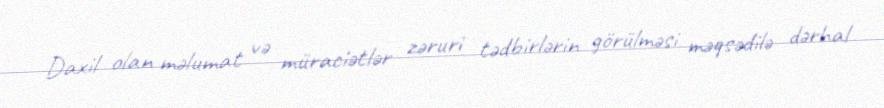
Daxil olan məlumat və müraciətlər zəruri tədbirlərin görülməsi məqsədilə dərhal